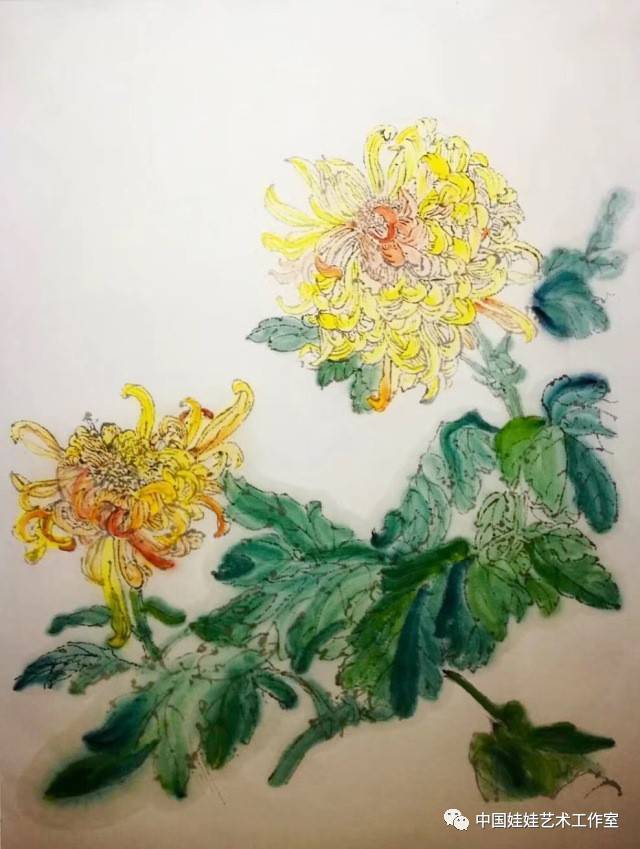
今日暂同芳菊酒，明朝应作断蓬飞。